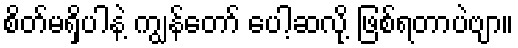
စိတ်မရှိပါနဲ့ ကျွန်တော် ပေါ့ဆလို့ ဖြစ်ရတာပဲဗျာ။